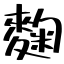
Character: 麴